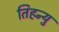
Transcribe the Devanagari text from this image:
तिहन्यु